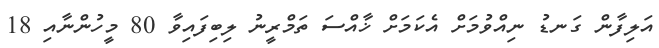
އަލިފާން ގަނޑު ނިއްވުމަށް އެކަމަށް ޚާއްސަ ތަމްރީނު ލިބިފައިވާ 80 މީހުންނާއި 18